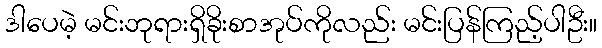
ဒါပေမဲ့ မင်းဘုရားရှိခိုးစာအုပ်ကိုလည်း မင်းပြန်ကြည့်ပါဦး။